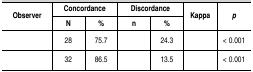
<table><thead><tr><td rowspan="2"><b>Observer</b></td><td colspan="2"><b>Concordance </b></td><td colspan="2"><b>Discordance </b></td><td rowspan="2"><b>Kappa</b></td><td rowspan="2"><b><i>p</i></b></td></tr><tr><td><b>N</b></td><td><b>%</b></td><td><b>n</b></td><td><b>%</b></td></tr></thead><tbody><tr><td>[EMPTY_CELL]</td><td>28</td><td>75.7</td><td>[EMPTY_CELL]</td><td>24.3</td><td>[EMPTY_CELL]</td><td>&lt; 0.001</td></tr><tr><td>[EMPTY_CELL]</td><td>32</td><td>86.5</td><td>[EMPTY_CELL]</td><td>13.5</td><td>[EMPTY_CELL]</td><td>&lt; 0.001</td></tr></tbody></table>